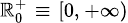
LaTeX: \scriptstyle\mathbb{R}_{0}^{+}\; \equiv\; \left[0,\, +\infty\right)